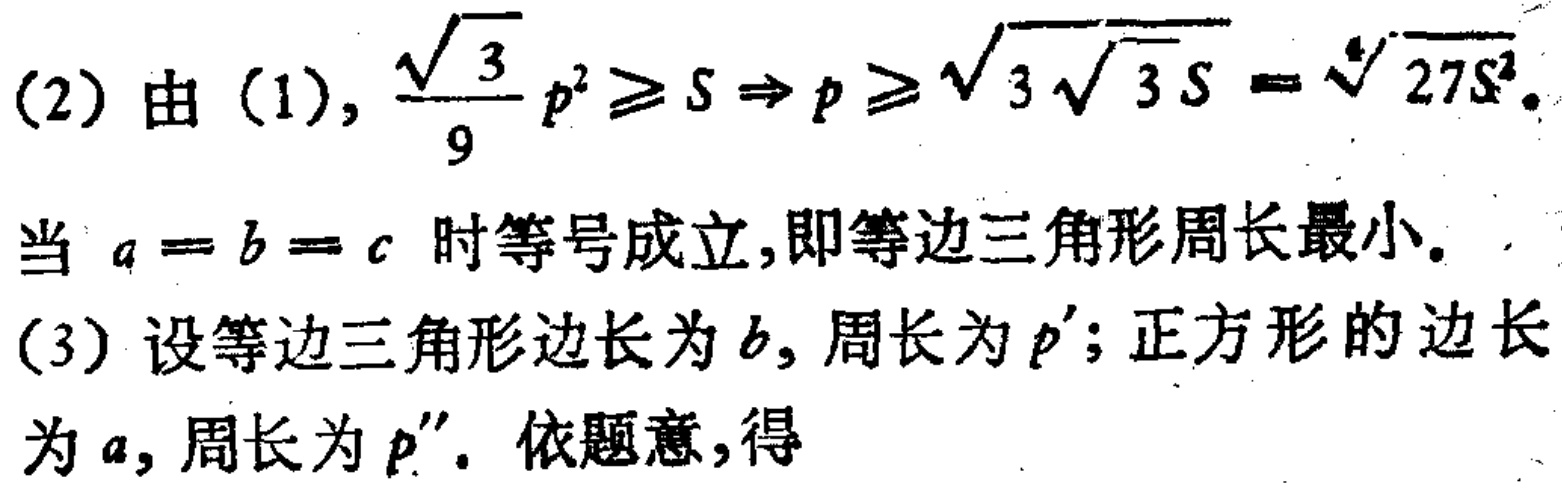
(2) 由 (1), $\frac{\sqrt{3}}{9}p^{2}\geq S\Rightarrow p\geq\sqrt{3\sqrt{3S}}=\sqrt[4]{27S^{2}}$.

当 $a = b = c$ 时等号成立,即等边三角形周长最小.

(3) 设等边三角形边长为 $b$, 周长为 $p'$; 正方形的边长为 $a$, 周长为 $p''$. 依题意,得